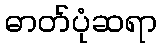
ဓာတ်ပုံဆရာ